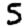
Digit: 5